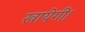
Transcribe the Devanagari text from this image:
खायेगी।